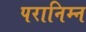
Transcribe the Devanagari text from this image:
परानिम्न